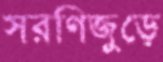
সরণিজুড়ে